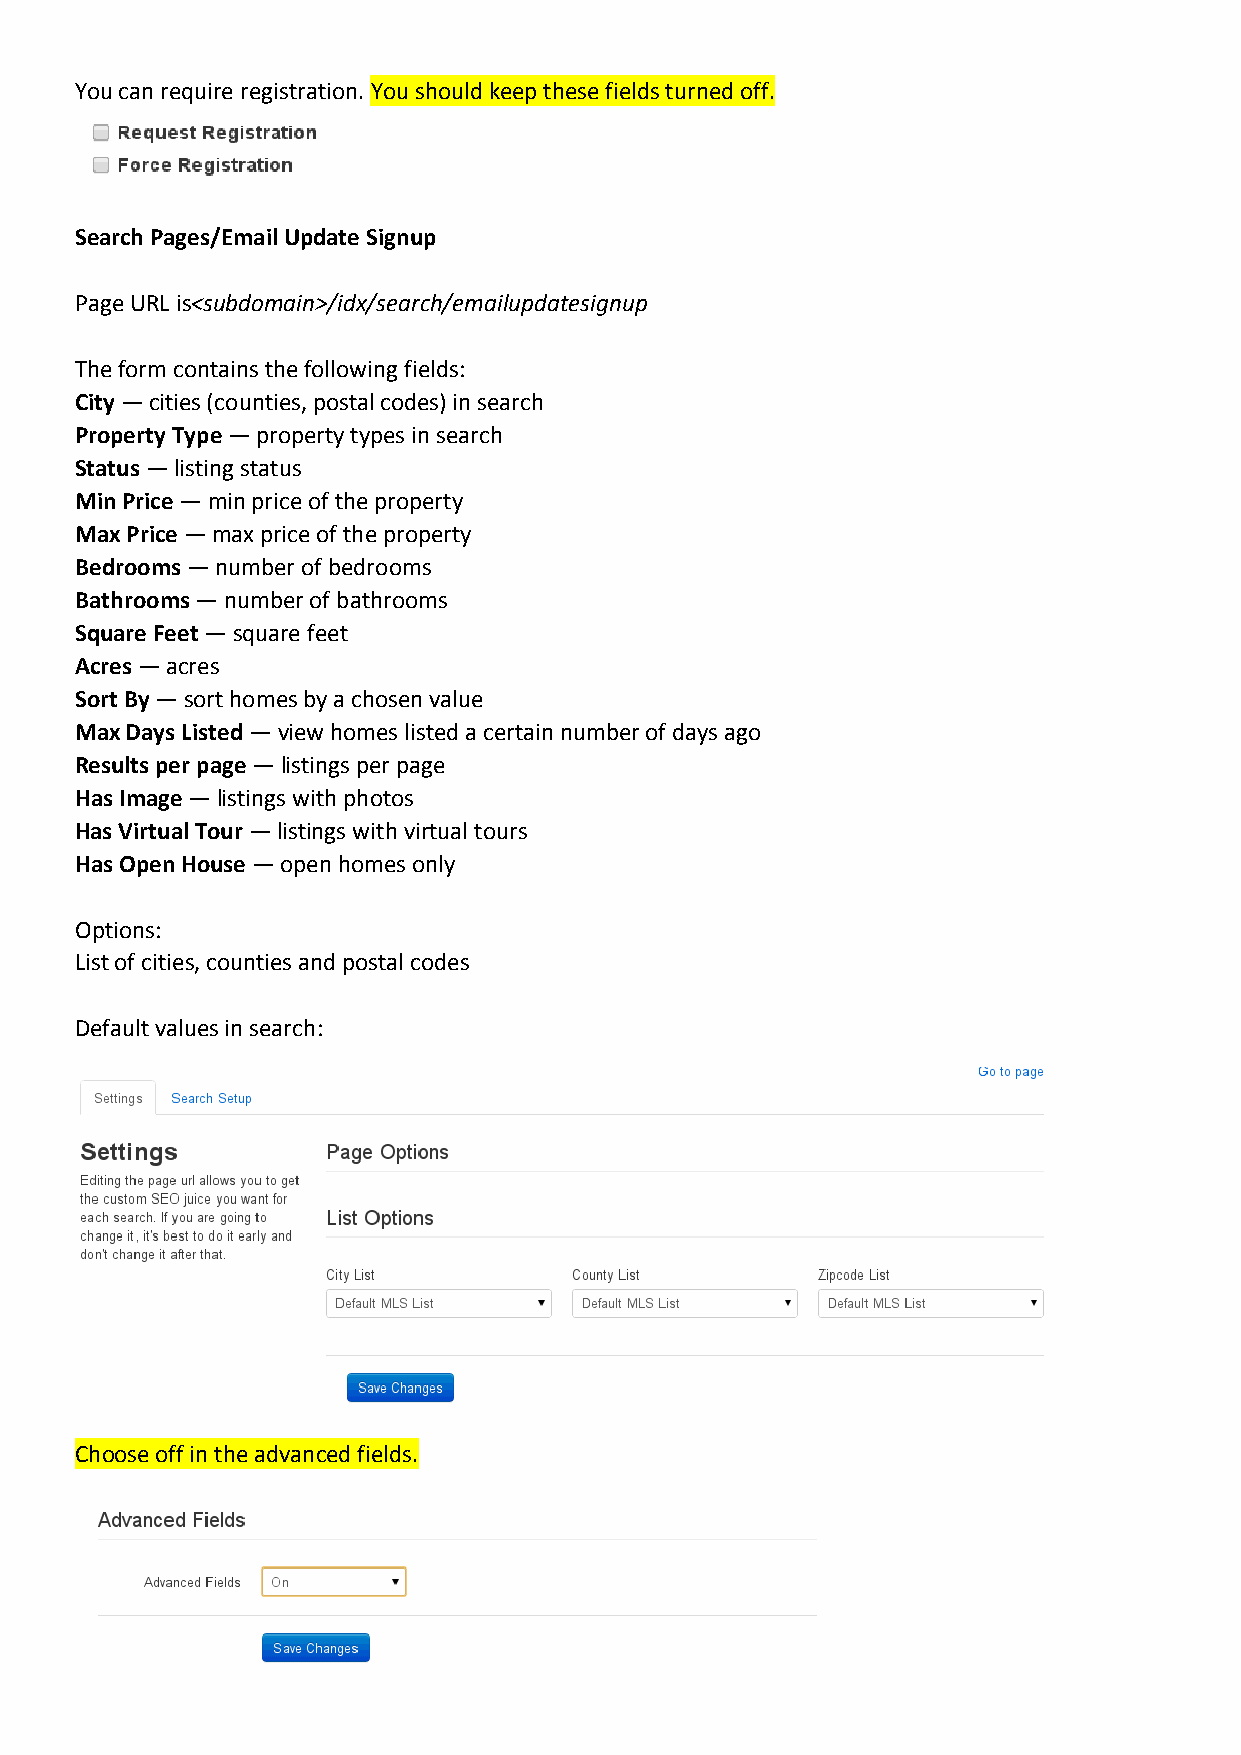
You can require registration. You should keep these fields turned off.
 Search Pages/Email Update Signup
 Page URL is<subdomain>/idx/search/emailupdatesignup
 The form contains the following fields:
 City — cities (counties, postal codes) in search
 Property Type — property types in search
 Status — listing status
 Min Price — min price of the property
 Max Price — max price of the property
 Bedrooms — number of bedrooms
 Bathrooms — number of bathrooms
 Square Feet — square feet
 Acres — acres
 Sort By — sort homes by a chosen value
 Max Days Listed — view homes listed a certain number of days ago
 Results per page — listings per page
 Has Image — listings with photos
 Has Virtual Tour — listings with virtual tours
 Has Open House — open homes only
 Options:
 List of cities, counties and postal codes
 Default values in search:
 Choose off in the advanced fields.